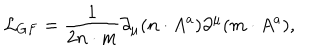
LaTeX: { \cal L } _ { G F } = \frac { 1 } { 2 n \cdot m } \partial _ { \mu } ( n \cdot A ^ { a } ) \partial ^ { \mu } ( m \cdot A ^ { a } ) ,